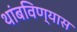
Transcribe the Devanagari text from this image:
थांबविण्यास